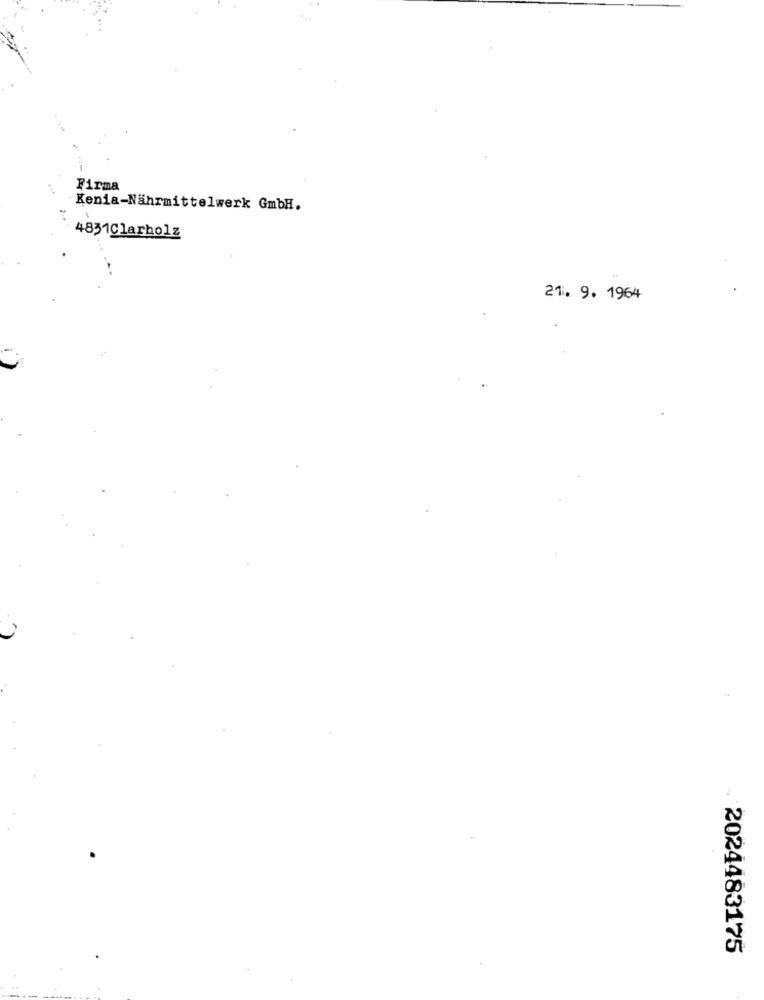
Firma
Kenia-Nahrmittelwerk GmbH.
4831Clarholz
21. 9. 1964
2024483175